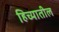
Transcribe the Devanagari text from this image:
हिच्यातील